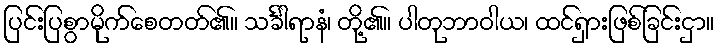
ပြင်းပြစွာမိုက်စေတတ်၏။ သင်္ခါရာနံ၊ တို့၏။ ပါတုဘာဝါယ၊ ထင်ရှားဖြစ်ခြင်းငှာ။